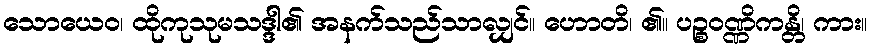
သောယေဝ၊ ထိုကုသုမသဒ္ဒါ၏ အနက်သည်သာလျှင်။ ဟောတိ၊ ၏။ ပဉ္စဝဏ္ဏိကန္တိ၊ ကား။